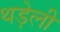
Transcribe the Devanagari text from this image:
थड़ेली